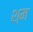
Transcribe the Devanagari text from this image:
श्म